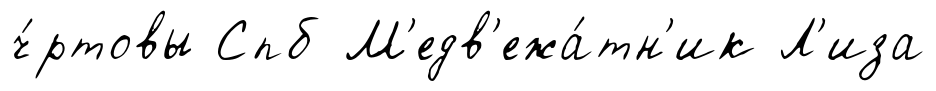
ч́ртовы Спб М'едв'ежа́тн'ик Л'иза